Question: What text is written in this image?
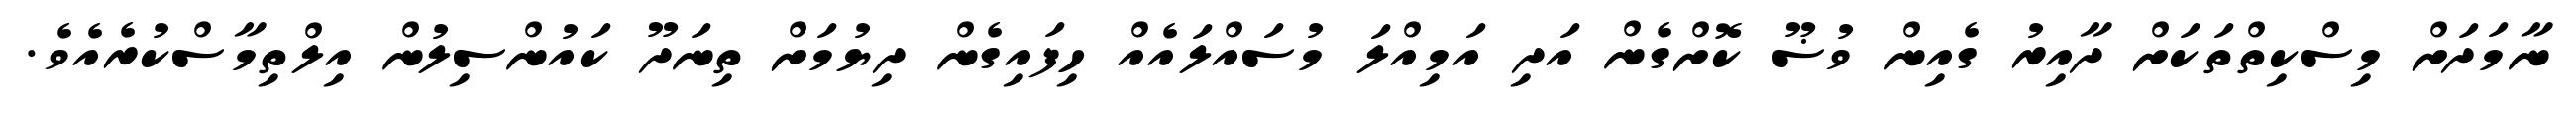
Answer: ނާމަދަށް މިސްކިތްތަކަށް ދާއިރު ގެއިން ވުޟޫ ކޮށްގެން އަދި އަމިއްލަ މުސައްލައެއް ހިފައިގެން ދިޔުމަށް ތިނަދޫ ކައުންސިލުން އިލްތިމާސްކުރެއެވެ.